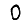
Digit: 0